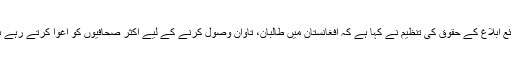
ذرائع ابلاغ کے حقوق کی تنظیم نے کہا ہے کہ افغانستان میں طالبان، تاوان وصول کرنے کے لیے اکثر صحافیوں کو اِغوا کرتے رہے ہیں۔